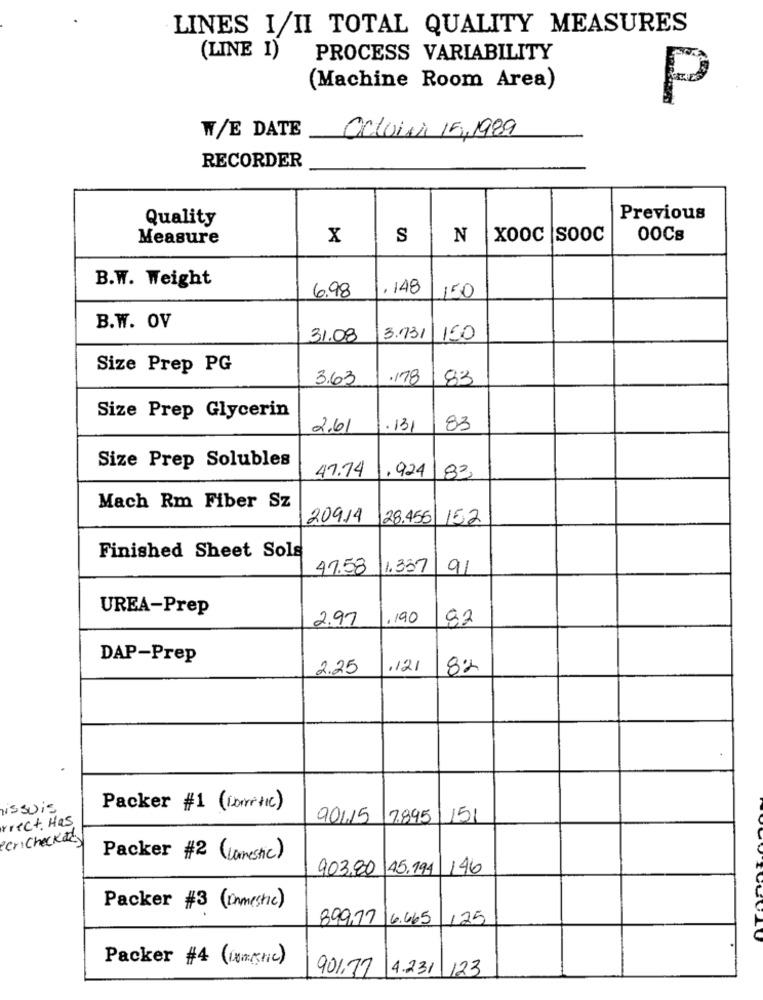
LINES I/II TOTAL QUALITY MEASURES
(LINE I)
PROCESS VARIABILITY
(Machine Room Area)
P
W/E DATE
Ochoisi 15,1989
RECORDER
Quality
Previous
Measure
X
S
N
Xooc |Sooc
00Cs
B.W. Weight
6.98
1.148
150
B.W. OV
31.08
3.731|150
Size Prep PG
3.63
.178
83
Size Prep Glycerin
2.61
.131
83
Size Prep Solubles
47.74
.924
82
Mach Rm Fiber Sz
20914
128.455
15.2
Finished Sheet Sols
47.58
1.337
91
UREA-Prep
2.97
.190
02
DAP-Prep
2.25
.121
82
issuis
Packer #1 (cometic)
90115
7.895
151
rrect, Has
Per checked
Packer #2 (Jamestic)
903,80
45.194
146
Packer #3 ( Inmestic)
T
899,17
16.665
125
Packer #4 (Domestic)
901.77
4.231 123